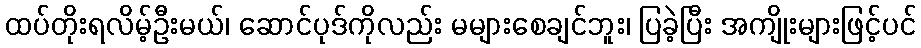
ထပ်တိုးရလိမ့်ဦးမယ်၊ ဆောင်ပုဒ်ကိုလည်း မများစေချင်ဘူး၊ ပြခဲ့ပြီး အကျိုးများဖြင့်ပင်